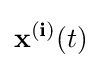
\mathbf {x^{(i)}} (t)